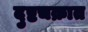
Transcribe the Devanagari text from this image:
दुष्टचक्रात